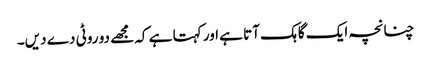
چنانچہ ایک گاہک آتا ہے اور کہتا ہے کہ مجھے دو روٹی دے دیں۔